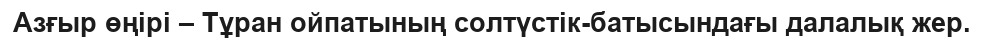
Азғыр өңірі – Тұран ойпатының солтүстік-батысындағы далалық жер.